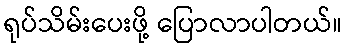
ရုပ်သိမ်းပေးဖို့ ပြောလာပါတယ်။